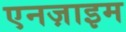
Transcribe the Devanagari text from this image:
एनज़ाइम